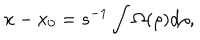
LaTeX: x - x _ { 0 } = s ^ { - 1 } \int \Omega ( \rho ) d \rho ,